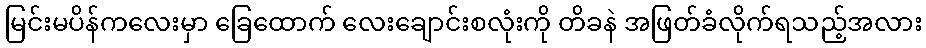
မြင်းမပိန်ကလေးမှာ ခြေထောက် လေးချောင်းစလုံးကို တိခနဲ အဖြတ်ခံလိုက်ရသည့်အလား